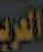
العرب